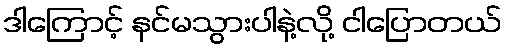
ဒါကြောင့် နင်မသွားပါနဲ့လို့ ငါပြောတယ်